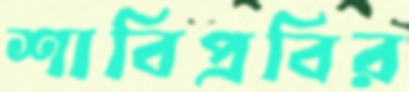
শাবিপ্রবির